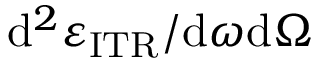
\mathrm { d } ^ { 2 } \varepsilon _ { \mathrm { I T R } } / \mathrm { d } \omega \mathrm { d } \Omega